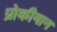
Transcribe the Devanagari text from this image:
प्रोकीयान